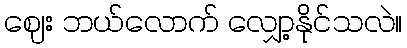
ဈေး ဘယ်လောက် လျှော့နိုင်သလဲ။